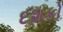
દશકો